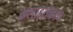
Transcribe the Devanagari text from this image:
कलाइतकाच